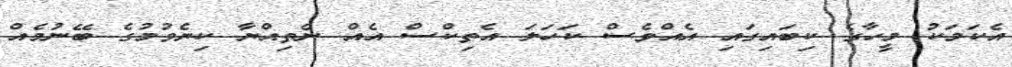
އެކަމަކު މީހާގެ ކިބައިގައި އެއްވެސް ކަހަލަ އެތިކްސް އެއް ނެތިއްޔާ ކިޔެވުމުގެ ބޭނުމެއް